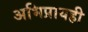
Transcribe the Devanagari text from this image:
अभिप्रायही